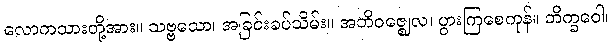
လောကသားတို့အား။ သဗ္ဗသော၊ အခြင်းခပ်သိမ်း။ အဘိဝဇ္ဈေလ၊ ပွားကြစေကုန်။ ဘိက္ခဝေါ၊